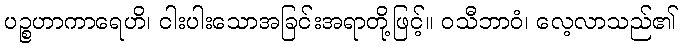
ပဉ္စဟာကာရေဟိ၊ ငါးပါးသောအခြင်းအရာတို့ဖြင့်။ ဝသီဘာဝံ၊ လေ့လာသည်၏